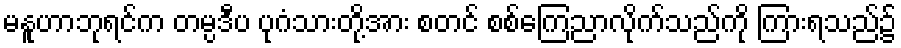
မနူဟာဘုရင်က တမ္ပဒီပ ပုဂံသားတို့အား စတင် စစ်ကြေညာလိုက်သည်ကို ကြားရသည်၌